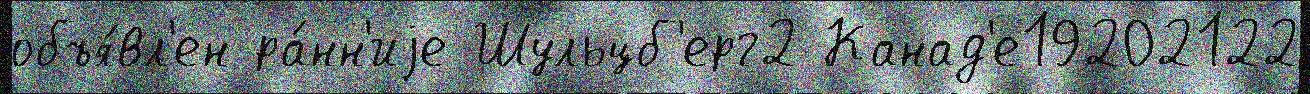
объя́вл'ен ра́нн'иjе Шульцб'ерг2 Канад'е19202122